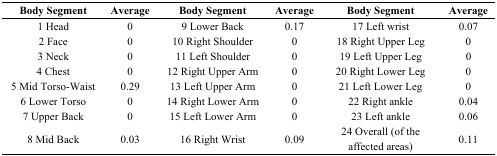
<table><thead><tr><td><b>Body Segment</b></td><td><b>Average</b></td><td><b>Body Segment</b></td><td><b>Average</b></td><td><b>Body Segment</b></td><td><b>Average</b></td></tr></thead><tbody><tr><td>1 Head</td><td>0</td><td>9 Lower Back</td><td>0.17</td><td>17 Left wrist</td><td>0.07</td></tr><tr><td>2 Face</td><td>0</td><td>10 Right Shoulder</td><td>0</td><td>18 Right Upper Leg</td><td>0</td></tr><tr><td>3 Neck</td><td>0</td><td>11 Left Shoulder</td><td>0</td><td>19 Left Upper Leg</td><td>0</td></tr><tr><td>4 Chest</td><td>0</td><td>12 Right Upper Arm</td><td>0</td><td>20 Right Lower Leg</td><td>0</td></tr><tr><td>5 Mid Torso-Waist</td><td>0.29</td><td>13 Left Upper Arm</td><td>0</td><td>21 Left Lower Leg</td><td>0</td></tr><tr><td>6 Lower Torso</td><td>0</td><td>14 Right Lower Arm</td><td>0</td><td>22 Right ankle</td><td>0.04</td></tr><tr><td>7 Upper Back</td><td>0</td><td>15 Left Lower Arm</td><td>0</td><td>23 Left ankle</td><td>0.06</td></tr><tr><td>8 Mid Back</td><td>0.03</td><td>16 Right Wrist</td><td>0.09</td><td>24 Overall (of the affected areas)</td><td>0.11</td></tr></tbody></table>